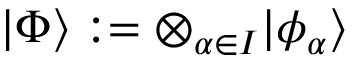
\vert \Phi \rangle : = \otimes _ { \alpha \in I } \vert \phi _ { \alpha } \rangle